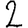
Digit: 2